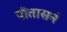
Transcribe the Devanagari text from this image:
पीतासनं